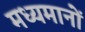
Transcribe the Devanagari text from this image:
मध्यमानों